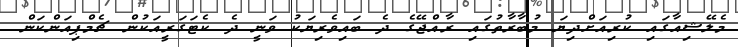
މެލޭޝިއާގައި ކުރިއަށްދިޔަ މުބާރާތުގައި ރާއްޖޭގެ ދެ ބައިވެރިޔަކު ވަނީ ދެ ކެޓަގަރީއަކުން ޗެމްޕިއަންކަން